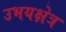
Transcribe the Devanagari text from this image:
उभयक्षेत्र